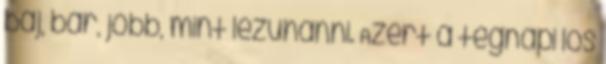
baj, bár, jobb, mint lezuhanni. Azért a tegnapi los